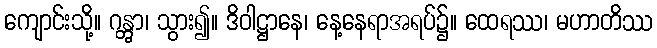
ကျောင်းသို့။ ဂန္တွာ၊ သွား၍။ ဒိဝါဋ္ဌာနေ၊ နေ့နေရာအရပ်၌။ ထေရဿ၊ မဟာတိဿ